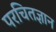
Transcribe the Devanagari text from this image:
परचितज्ञान